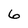
Character: 6